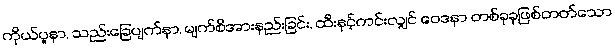
ကိုယ်ပူနာ, သည်းခြေပျက်နာ, မျက်စိအားနည်းခြင်း, ထီးနှင့်ကင်းလျှင် ဝေဒနာ တစ်ခုခုဖြစ်တတ်သော